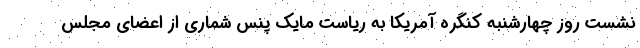
نشست روز چهارشنبه کنگره آمریکا به ریاست مایک پنس شماری از اعضای مجلس